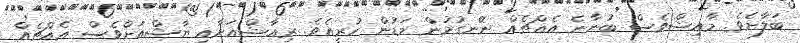
ބަލާށެވެ. މާއިޝްވެސް ބުނާނެ އެއްޗެއް ނޭނގުމުން މަޑުން ހުރީއެވެ. ރިއާޝްއަށާއި ޔާޝްއަށްވެސް އެއްޗެއް